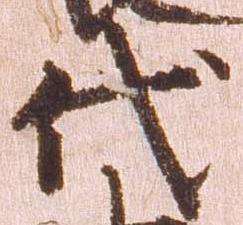
代